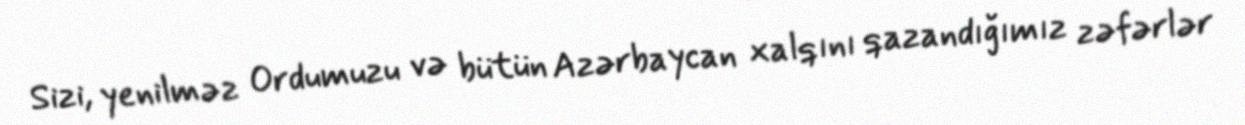
Sizi, yenilməz Ordumuzu və bütün Azərbaycan xalqını qazandığımız zəfərlər